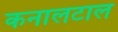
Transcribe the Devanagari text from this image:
कनालटाल